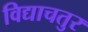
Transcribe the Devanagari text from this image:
विद्याचतुर